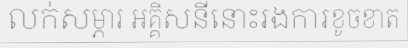
លក់សម្ភារ អគ្គិសនីនោះរងការខូចខាត